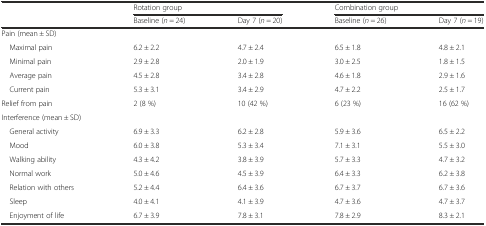
|  | <COLSPAN=2> Rotation group | <COLSPAN=2> Combination group |
 |  | Baseline (n = 24) | Day 7 (n = 20) | Baseline (n = 26) | Day 7 (n = 19) |
 | --- | --- | --- | --- | --- |
 | Pain (mean ± SD) |  |  |  |  |
 | Maximal pain | 6.2 ± 2.2 | 4.7 ± 2.4 | 6.5 ± 1.8 | 4.8 ± 2.1 |
 | Minimal pain | 2.9 ± 2.8 | 2.0 ± 1.9 | 3.0 ± 2.5 | 1.8 ± 1.5 |
 | Average pain | 4.5 ± 2.8 | 3.4 ± 2.8 | 4.6 ± 1.8 | 2.9 ± 1.6 |
 | Current pain | 5.3 ± 3.1 | 3.4 ± 2.9 | 4.7 ± 2.2 | 2.5 ± 1.7 |
 | Relief from pain | 2 (8 %) | 10 (42 %) | 6 (23 %) | 16 (62 %) |
 | Interference (mean ± SD) |  |  |  |  |
 | General activity | 6.9 ± 3.3 | 6.2 ± 2.8 | 5.9 ± 3.6 | 6.5 ± 2.2 |
 | Mood | 6.0 ± 3.8 | 5.3 ± 3.4 | 7.1 ± 3.1 | 5.5 ± 3.0 |
 | Walking ability | 4.3 ± 4.2 | 3.8 ± 3.9 | 5.7 ± 3.3 | 4.7 ± 3.2 |
 | Normal work | 5.0 ± 4.6 | 4.5 ± 3.9 | 6.4 ± 3.3 | 6.2 ± 3.8 |
 | Relation with others | 5.2 ± 4.4 | 6.4 ± 3.6 | 6.7 ± 3.7 | 6.7 ± 3.6 |
 | Sleep | 4.0 ± 4.1 | 4.1 ± 3.9 | 4.7 ± 3.6 | 4.7 ± 3.7 |
 | Enjoyment of life | 6.7 ± 3.9 | 7.8 ± 3.1 | 7.8 ± 2.9 | 8.3 ± 2.1 |